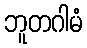
ဘူတဂါမံ